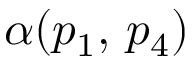
\alpha ( p _ { 1 } , \, p _ { 4 } )